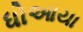
ધોઆયા